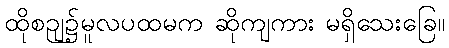
ထိုစဉျ၌မူလပထမက ဆိုကျကား မရှိသေးခြေ။